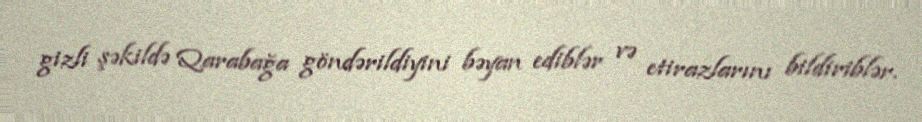
gizli şəkildə Qarabağa göndərildiyini bəyan ediblər və etirazlarını bildiriblər.